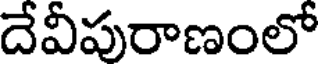
దేవీపురాణంలో